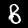
Digit: 8